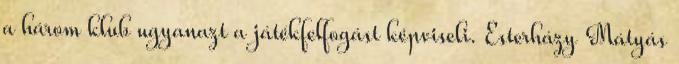
a három klub ugyanazt a játékfelfogást képviseli. Esterházy Mátyás